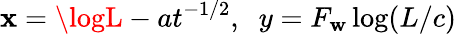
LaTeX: \mathbf{x}=\logL-at^{-1/2},\; \; y=F_{\mathbf{{w}}}\log(L/c)